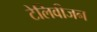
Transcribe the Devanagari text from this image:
टेलिवीजन